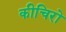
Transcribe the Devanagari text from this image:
कीचिरो